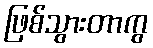
ဖြစ်သွားတာကွ